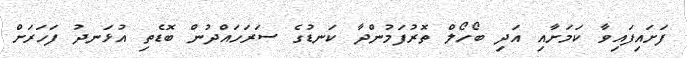
ފަށައިފައިވާ ކަމަށާއި އަދި ބޯހޯލް ތޮރުފަމުންދާ ކަނޑުގެ ސަރަހައްދުން ބޮޑެތި އުޅަނދު ފަހަރަށް